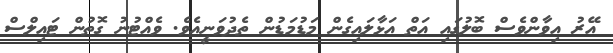
އޭރު އިވާންވެސް ބޮލުގައި އަތް އަޅާލައިގެން މަޑުމަޑުން ތެދުވަނީއެވެ. ވެއްޓުނު ގޮތުން ޓައިލްސް